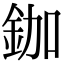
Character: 鉫